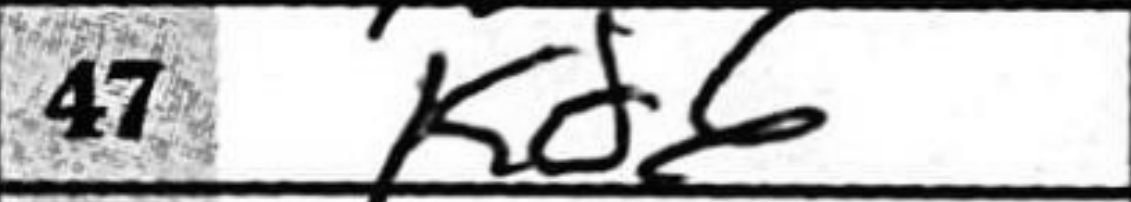
Transcription: Kd6